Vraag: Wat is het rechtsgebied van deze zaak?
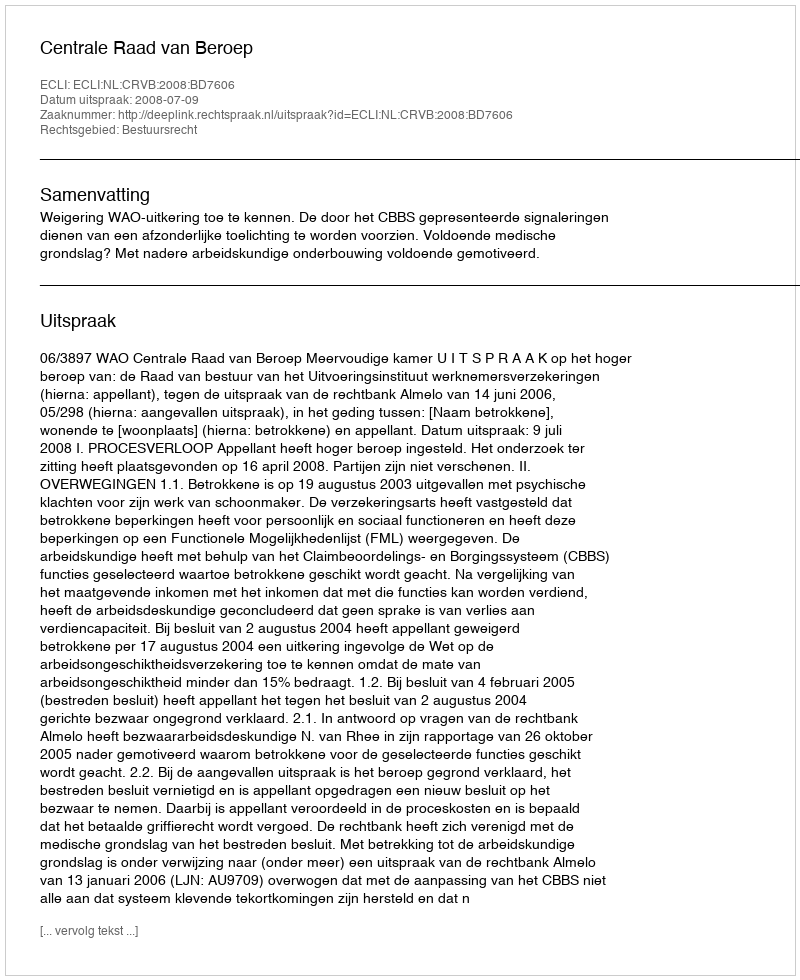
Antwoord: Bestuursrecht